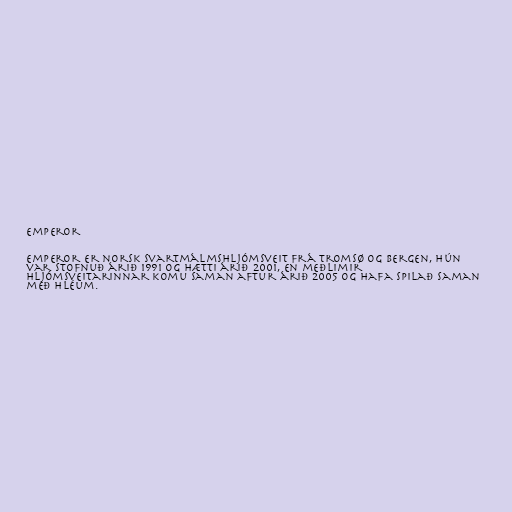
Emperor

Emperor er norsk svartmálmshljómsveit frá Tromsø og Bergen, hún
var stofnuð árið 1991 og hætti árið 2001, en meðlimir
hljómsveitarinnar komu saman aftur árið 2005 og hafa spilað saman
með hléum.